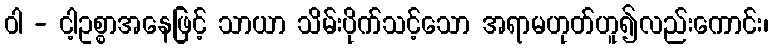
ဝါ - ငါ့ဥစ္စာအနေဖြင့် သာယာ သိမ်းပိုက်သင့်သော အရာမဟုတ်ဟူ၍လည်းကောင်း၊